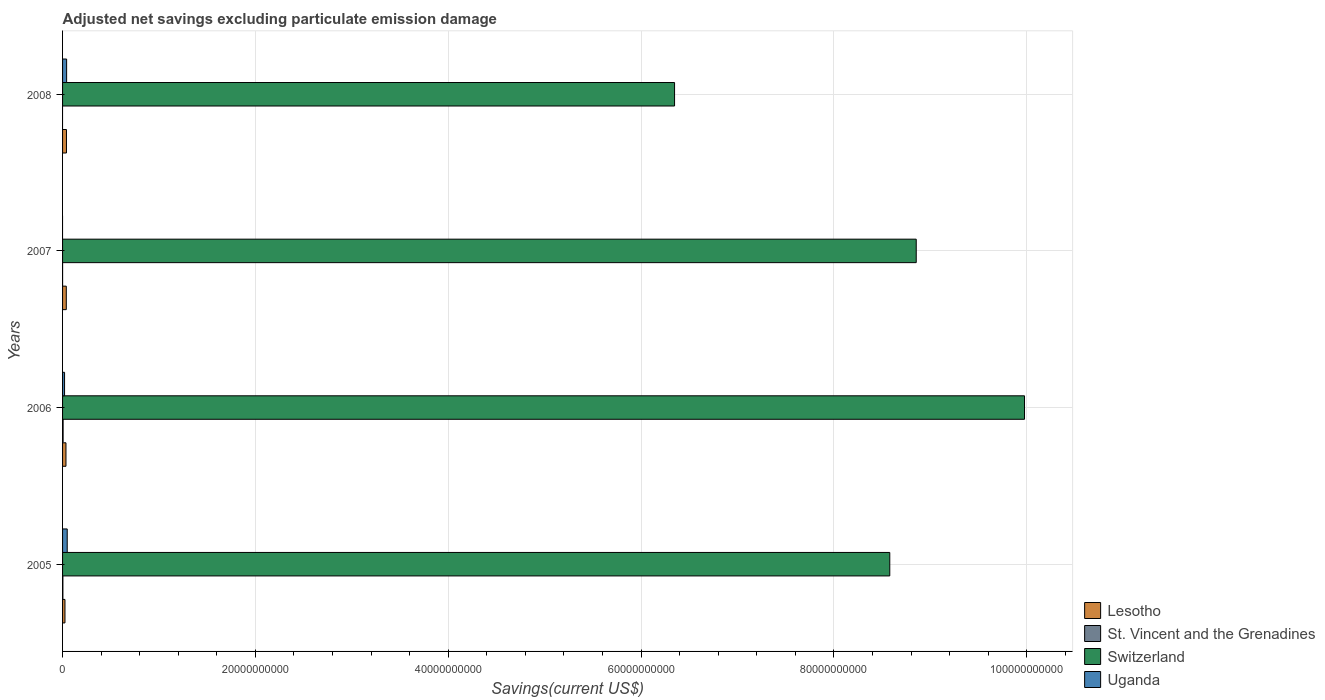
| Years | Lesotho | St. Vincent and the Grenadines | Switzerland | Uganda |
 | --- | --- | --- | --- | --- |
 | 2005 | 2.49e+08 | 3.38e+07 | 8.58e+10 | 4.83e+08 |
 | 2006 | 3.53e+08 | 5.7e+07 | 9.98e+10 | 2.08e+08 |
 | 2007 | 3.87e+08 | 5.87e+05 | 8.85e+10 | -2.16e+08 |
 | 2008 | 4.04e+08 | -2.36e+07 | 6.35e+10 | 4.21e+08 |